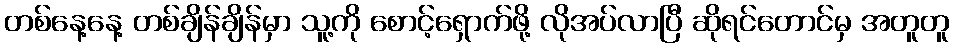
တစ်နေ့နေ့ တစ်ချိန်ချိန်မှာ သူ့ကို စောင့်ရှောက်ဖို့ လိုအပ်လာပြီ ဆိုရင်တောင်မှ အတူတူ